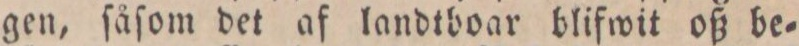
gen ſåſom det af landtboar blifwit oß be=